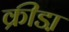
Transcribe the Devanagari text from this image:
क्रीडा़